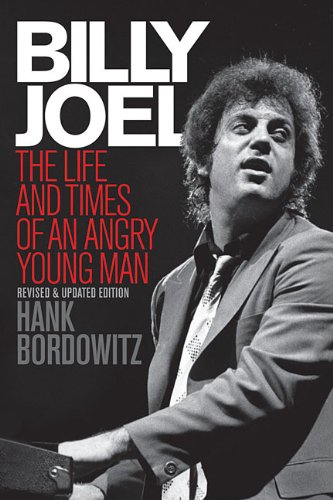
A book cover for Billy Joel: The Life and Times of an Angry Young Man (Revised and Updated); Hank Bordowitz; Biographies & Memoirs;